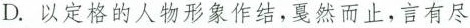
D.以定格的人物形象作结，戛然而止，言有尽